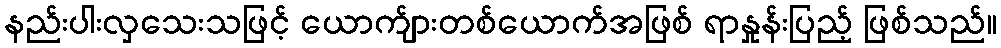
နည်းပါးလှသေးသဖြင့် ယောက်ျားတစ်ယောက်အဖြစ် ရာနှုန်းပြည့် ဖြစ်သည်။